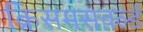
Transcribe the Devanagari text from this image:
क्रिसमसवर्ल्ड